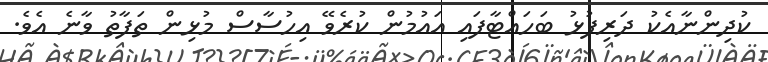
ކުދިންނާއެކު ދަރިފުޅު ބަހައްޓާފައި އައުމުން ކުރެވޭ އިހުސާސް މުޅިން ތަފާތު ވާނެ އެވެ.